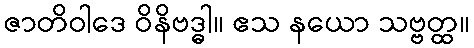
ဇာတိဝါဒေ ဝိနိဗဒ္ဓါ။ ဧသ နယော သဗ္ဗတ္ထ။